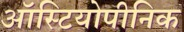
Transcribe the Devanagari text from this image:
ऑस्टियोपीनिक